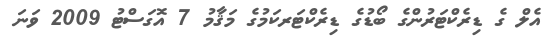
އެލް ގެ ޑިރެކްޓަރުންގެ ބޯޑުގެ ޑިރެކްޓަރކަމުގެ މަޤާމު 7 އޮގަސްޓު 2009 ވަނަ